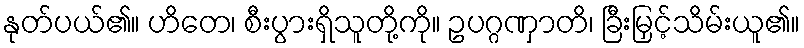
နုတ်ပယ်၏။ ဟိတေ၊ စီးပွားရှိသူတို့ကို။ ဥပဂ္ဂဏှာတိ၊ ခြီးမြှင့်သိမ်းယူ၏။